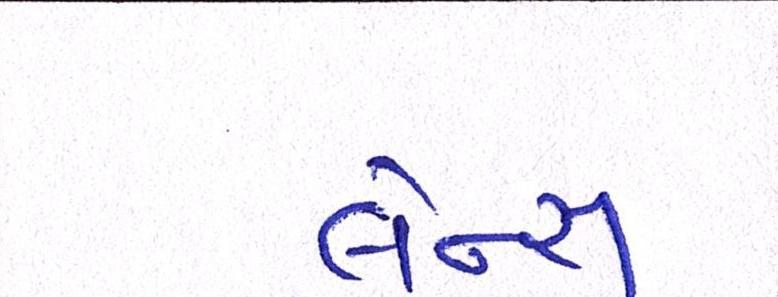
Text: લેન્સ